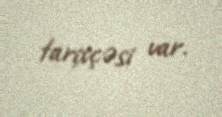
tarixçəsi var.